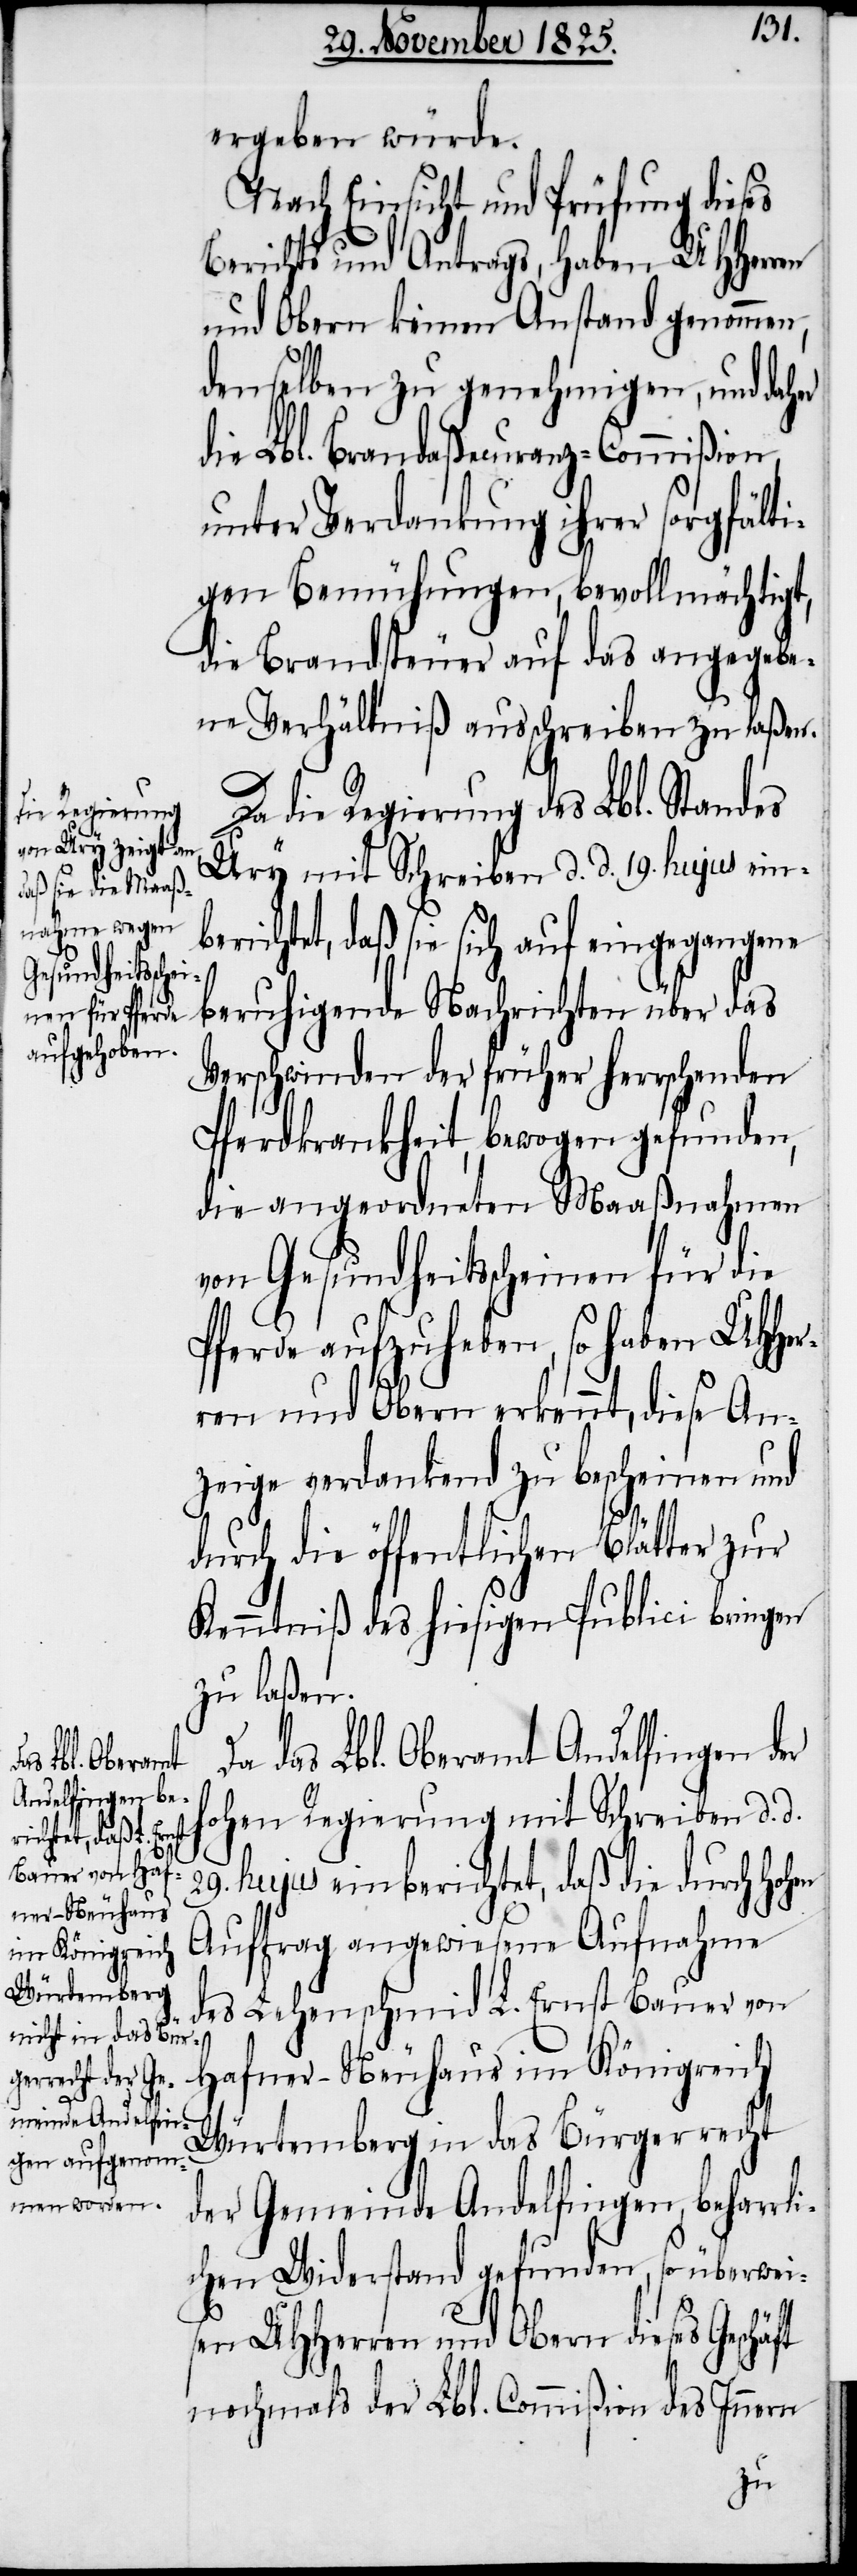
ergeben würde.
Nach Einsicht und Prüfung dieses
Berichts und Antrags, haben UHHerr¬
und Obern keinen Anstand genommen,
denselben zu genehmigen, und daher
die Lbl. Brandaßecuranz-Commißion,
unter Verdankung ihrer sorgfälti¬
gen Bemühungen, bevollmächtigt,
die Brandsteuer auf das angegebe¬
ne Verhältniß ausschreiben zu laßen.
Da die Regierung des Lbl. Standes
Ury mit Schreiben d. d. 19. hujus ein¬
berichtet, daß sie sich auf eingegangene
beruhigende Nachrichten über das
Verschwinden der früher herrschenden
Pferdkrankheit, bewogen gefunden,
die angeordneten Maaßnahmen
von Gesundheitsscheinen für die
Pferde aufzuheben, so haben UHHer¬
ren und Obern erkennt, diese An¬
zeige verdankend zu bescheinen und
durch die öffentlichen Blätter zur
Kenntniß des hiesigen Publici bringen
zu laßen.
Da das Lbl. Oberamt Andelfingen der
hohen Regierung mit Schreiben d. d.
29. hujus einberichtet, daß die durch hohen
Auftrag angewiesene Aufnahme
des Lehenschmid L. Ernst Bauer von
Hafner-Neuhaus im Königreich
Würtemberg in das Bürgerrecht
der Gemeinde Andelfingen, beharrl¬
ichen Widerstand gefunden, so überweis¬
en UHHerren und Obern dieses
nochmals der Lbl. Commißion des Innern
en